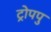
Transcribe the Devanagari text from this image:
ट्रोपपु